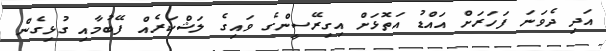
އަދި ދެވަނަ ފަހަރަށް އައްޑު އަތޮޅަށް އިގިރޭސީންގެ ވައިގެ ލަޝްކަރެއް ފޭބުމާއި ގުޅިގެން